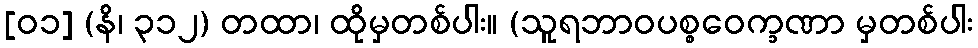
[၀၁] (နိ၊ ၃၁၂) တထာ၊ ထိုမှတစ်ပါး။ (သူရဘာဝပစ္စဝေက္ခဏာ မှတစ်ပါး